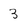
Character: 3